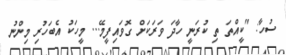
ސުހާ: "ކީއްތަ ތި ކުރަނީ ހާދަ ވަރަކަށް ގޮވައިފީމޭ... މީހަކު އެބަހުރި މިންނު